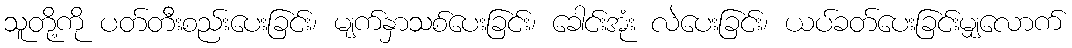
သူတို့ကို ပတ်တီးစည်းပေးခြင်း၊ မျက်နှာသစ်ပေးခြင်း၊ ခေါင်းအုံး လဲပေးခြင်း၊ ယပ်ခတ်ပေးခြင်းမျှလောက်